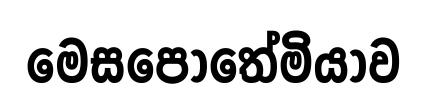
මෙසපොතේමියාව